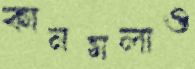
কানমলাও